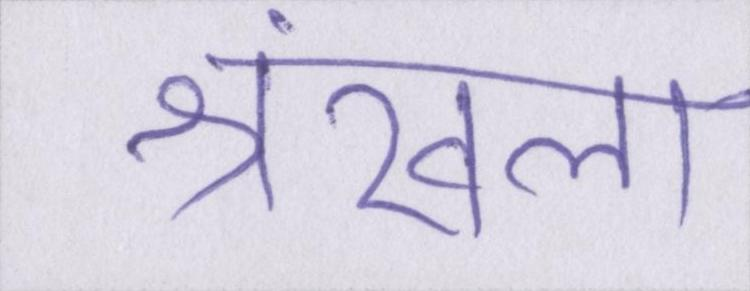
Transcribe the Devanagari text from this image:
श्रंखला